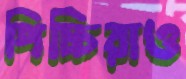
পিচ্চিরাও